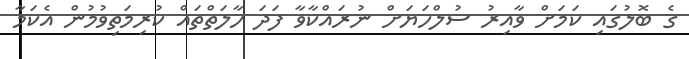
ގެ ބޮލުގައި ކަމަށް ވާއިރު ސުލްހަޔަށް ނުރައްކާވާ ފަދަ ހާލަތްތައް ކުރިމަތިވުމުން އެކަމާ